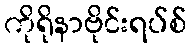
ကိုရိုနာဗိုင်းရပ်စ်